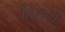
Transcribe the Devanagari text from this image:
विशदों